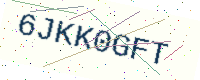
Text: 6JKK0GFT